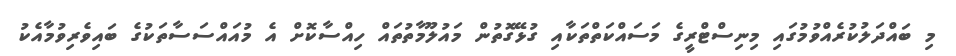
މި ބައްދަލުކުރެއްވުމުގައި މިނިސްޓްރީގެ މަސައްކަތްތަކާއި ގުޅޭގޮތުން މައުލޫމާތުތައް ހިއްސާކޮށް އެ މުއައްސަސާތަކުގެ ބައިވެރިވުމާއެކު